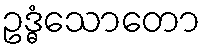
ဥဒ္ဓံသောတော